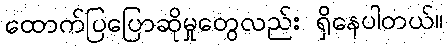
ထောက်ပြပြောဆိုမှုတွေလည်း ရှိနေပါတယ်။